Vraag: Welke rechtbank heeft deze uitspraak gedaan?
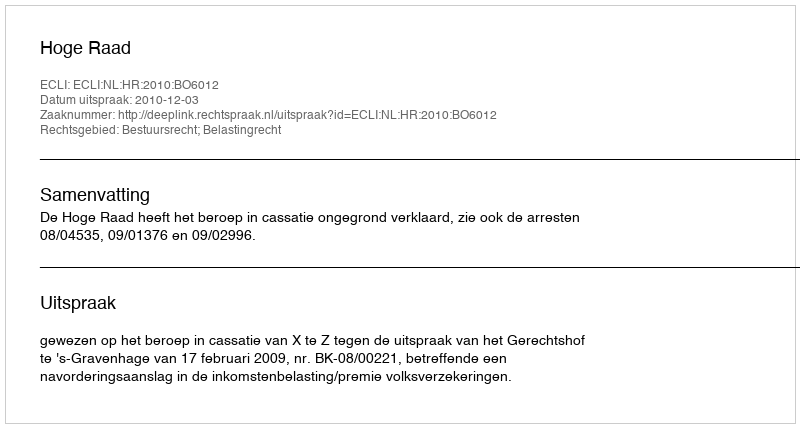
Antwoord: Hoge Raad